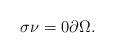
LaTeX: \begin{align*} \sigma \nu=0 \partial \Omega.\end{align*}